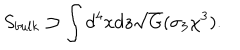
LaTeX: S _ { b u l k } \supset \int d ^ { 4 } x d z \sqrt { G } ( \sigma _ { 3 } \chi ^ { 3 } ) .